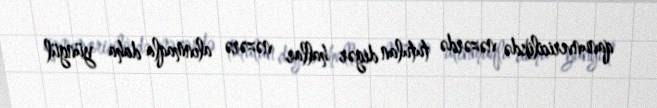
qanunvericilikdə nəzərdə tutulan digər hallar nəzərə alınmaqla daha yüngül